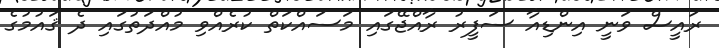
ރައީސް ވަނީ އިންޑިއާ ސަފީރު ރާއްޖޭގައި މަސައްކަތް ކުރެއްވި މުއްދަތުގައި ދެ ޤައުމުގެ